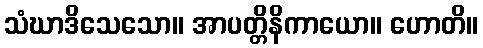
သံဃာဒိသေသော။ အာပတ္တိနိကာယော။ ဟောတိ။